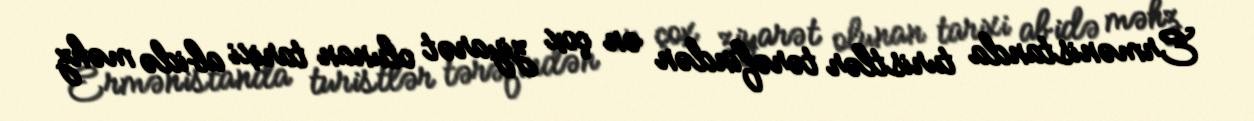
Ermənistanda turistlər tərəfindən ən çox ziyarət olunan tarixi abidə məhz